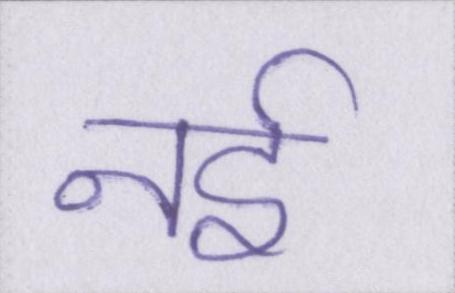
नर्इ